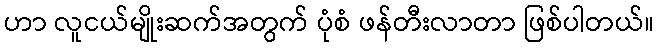
ဟာ လူငယ်မျိုးဆက်အတွက် ပုံစံ ဖန်တီးလာတာ ဖြစ်ပါတယ်။